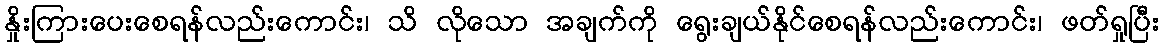
နှိုးကြားပေးစေရန်လည်းကောင်း၊ သိ လိုသော အချက်ကို ရွေးချယ်နိုင်စေရန်လည်းကောင်း၊ ဖတ်ရှုပြီး